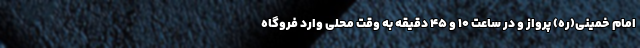
امام خمینی(ره) پرواز و در ساعت ۱۰ و ۴۵ دقیقه به وقت محلی وارد فروگاه